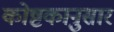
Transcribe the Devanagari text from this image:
कोष्टकानुसार